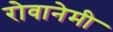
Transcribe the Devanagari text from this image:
रोवानेमी